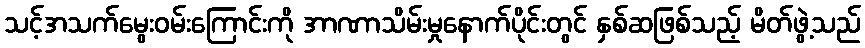
သင့်အသက်မွေးဝမ်းကြောင်းကို အာဏာသိမ်းမှုနောက်ပိုင်းတွင် နှစ်ဆဖြစ်သည့် မိတ်ဖွဲ့သည်